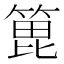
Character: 𫞾